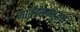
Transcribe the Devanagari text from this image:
मार्तंडसम्भुतम्।